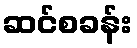
ဆင်စခန်း